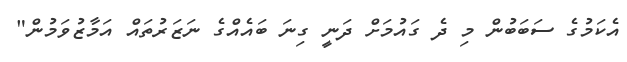
އެކަމުގެ ސަބަބުން މި ދެ ގައުމަށް ދަނީ ގިނަ ބައެއްގެ ނަޒަރުތައް އަމާޒުވަމުން"